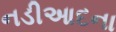
નડીઆદના